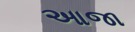
આજા